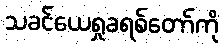
သခင်ယေရှုခရစ်တော်ကို